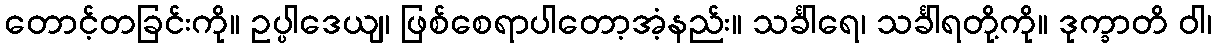
တောင့်တခြင်းကို။ ဥပ္ပါဒေယျ၊ ဖြစ်စေရာပါတော့အံ့နည်း။ သင်္ခါရေ၊ သင်္ခါရတို့ကို။ ဒုက္ခာတိ ဝါ၊